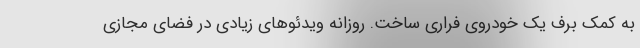
به کمک برف یک خودروی فراری ساخت. روزانه ویدئو‌های زیادی در فضای مجازی